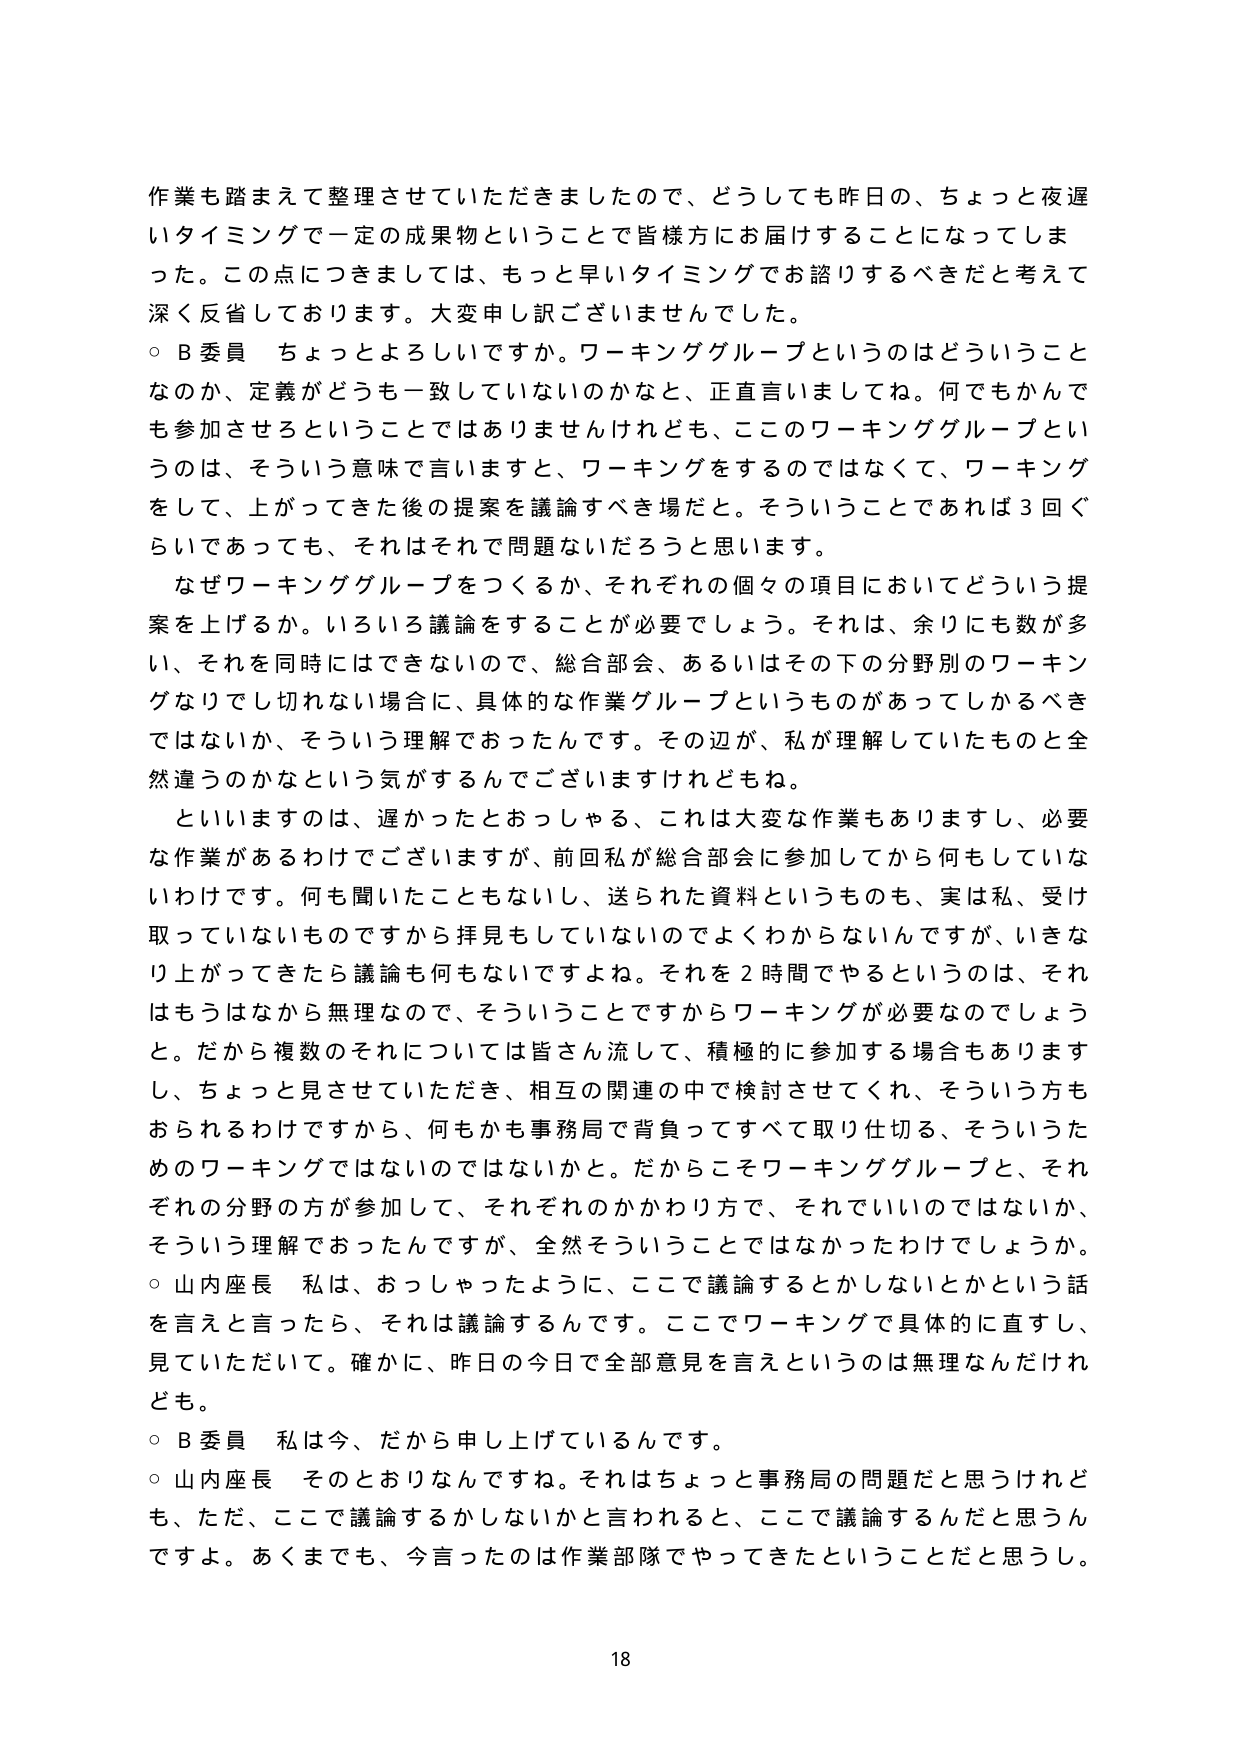
作業も踏まえて整理させていただきましたので、どうしても昨日の、ちょっと夜遅いタイミングで一定の成果物ということで皆様方にお届けすることになってしまった。この点につきましては、もっと早いタイミングでお諮りするべきだと考えて深く反省しております。大変申し訳ございませんでした。

○ B委員 ちょっとよろしいですか。ワーキンググループというのはどういうことなのか、定義がどうも一致していないのかなと、正直言いましてね。何でもかんでも参加させるということではありませんけれども、ここのワーキンググループというのは、そういう意味で言いますと、ワーキングをするのではなくて、ワーキングをして、上がってきた後の提案を議論すべき場だと。そういうことであれば3回ぐらいであっても、それはそれで問題ないだろうと思います。

なぜワーキンググループをつくるか、それぞれの個々の項目においてどういう提案を上げるか。いろいろ議論をすることが必要でしょう。それは、余りにも数が多い、それを同時にはできないので、総合部会、あるいはその下の分野別のワーキングなりでし切れない場合に、具体的な作業グループというものがあってしかるべきではないか、そういう理解でおったんです。その辺が、私が理解していたものと全然違うのかなという気がするんですがございますけれども。

といいますのは、遅かったとおっしゃる、これは大変な作業もありますし、必要な作業があるわけでございますが、前回私が総合部会に参加してから何もしていないうけです。何も聞いたこともないし、送られた資料というのも、実は私、受け取っていないものですから拝見もしていないのでよくわからないんですが、いきなり上がってきたら議論も何もないとですね。それを2時間でやるというのは、それはもうはなから無理なので、そういうことですからワーキングが必要なのでしょうと。だから複数のそれについては皆さん流して、積極的に参加する場合もありますし、ちょっと見させていただき、相互の関連の中で検討させてくれ、そういう方もおられるわけですから、何もかも事務局で背負ってすべて取り仕切る、そういうためのワーキングではないのではないかなと。だからこそワーキンググループと、それぞれの分野の方が参加して、それぞれのかかわり方で、それでいいのではないか、そういう理解でおったんですが、全然そういうことではなかったわけでしょうか。

○ 山内座長 私は、おっしゃったように、ここで議論するとかしないとかという話を言えと言ったら、それは議論するんです。ここでワーキングで具体的に直すし、見ていただいて。確かに、昨日の今日で全部意見を言えというのは無理なんだけれども。

○ B委員 私は今、だから申し上げているんです。

○ 山内座長 そのとおりなんですね。それはちょっと事務局の問題だと思うけれども、ただ、ここで議論するかしないかと言われると、ここで議論するんだと思うんですよ。あくまでも、今言ったのは作業部隊でやってきたということだと思うし。

18